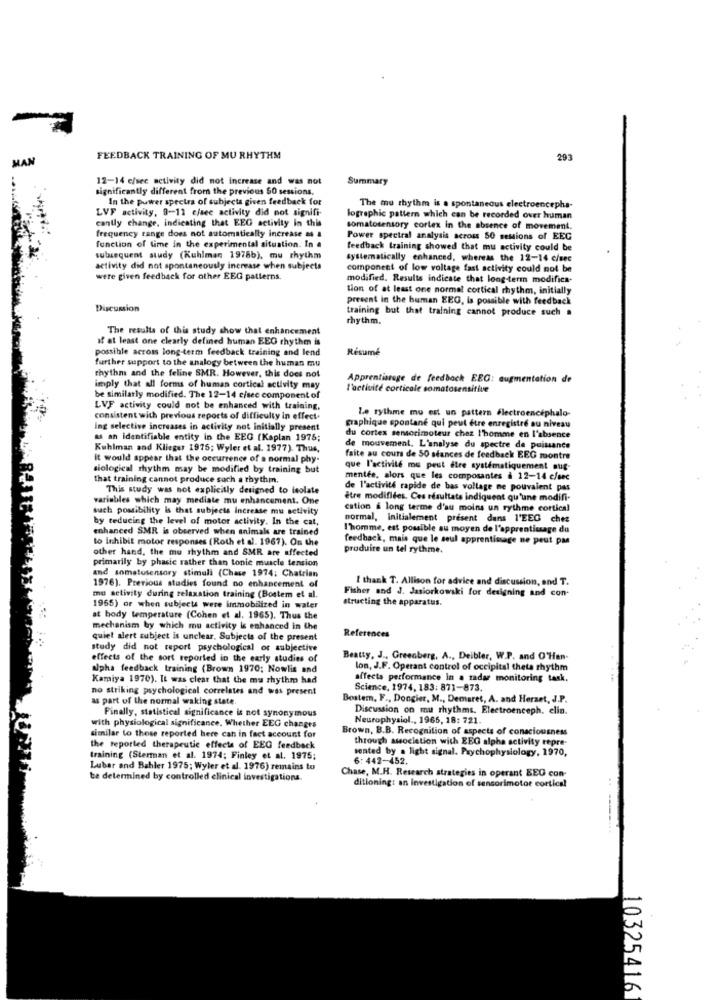
MAN
FEEDBACK TRAINING OF MU RHYTHM
293
12-14 c/sec activity did not increase and was not
Summary
significantly different from the previous 50 sessions.
In the power spectra of subjecta given feedback for
LVF activity, 9-11 ejsee activity did not signifi-
The mu rhythm is a spontaneous electroencephs-
cantly change, indicating that EEG activity in this
lographic pattern which can be recorded over human
frequency range does not automatically increase m &
somatosensory cortex in the absence of movement.
Power spectral analysis across 50 sessions of EEG
function of lime in the experimental situation. In
feedback training showed that mu activity could be
subsequent study (Kuhlman 1978b), mu rhythm
systematically enhanced, whereas the 12-14 c/sec
activity did not spontaneously increase when subjects
component of low voltage fast activity could not be
were given feedback for other EEG patterns.
modified. Results indicate that long-term modifica-
tion of at least one normal cortical rhythm, initially
present in the human EEG, Is possible with feedback
Discussion
training but that training cannot produce such .
rhythm.
The results of this study show that enhancement
if at least one clearly defined human EEG rhythm is
possible across long-term feedback training and lend
Résumé
further support to the analogy between the human mu
rhythm and the feline SMR. However, this does not
Apprentissage de feedback EEG: augmentation de
imply that all forms of human cortical activity may
l'activité corticale somatosensitive
be similarly modified. The 12-14 c/sec component of
LVF activity could not be enhanced with training.
Le rythme mu est un pattern électroencéphalo-
consistent with previous reports of difficulty in effect.
Ing selective increases in activity not initially present
du cortex sensorimoteur chez l'homme en l'absence
graphique spontane qui peut etre enregistre au niveau
as an identifiable entity in the EEG (Kaplan 1975;
Kuhlman and Klieger 1975; Wyler et al. 1977). Thus,
de mouvement. L'analyse du spectre de puissance
it would appear that the occurrence of a normal phy-
faite au cours de 50 stances de feedback EEG montre
siological rhythm may be modified by training but
que l'activité mu peut être systématiquement aug-
that training cannot produce such a rhythm.
mentée, alors que les composantes à 12-14 c/sec
This study was not explicitly designed to isolate
de l'activité rapide de bas voltage ne pouvaient pas
variables which may mediate mu enhancement. One
être modifiées. Ces résultats indiquent qu'une modifi-
such possibility is that subjects Increase mu setivity
cation a long terme d'au moins un rythme cortical
by reducing the level of motor activity. In the cat,
normal, initialement present dans l'EEG chez
enhanced SMR is observed when animals are trained
l'homme, est possible au moyen de l'apprentissage du
to inhibit motor responses (Roth et al. 1967). On the
feedback, mais que le seul apprentissage ne peut pas
other hand, the mu rhythm and SMR are affected
produire un tel rythme.
primarily by phasic rather than tonic muscle tension
and somatosensory stimuli (Chase 1974; Chatrien
I thank T. Allison for advice and discussion, and T.
1976). Previous studies found no enhancement of
Fisher and J. Jasiorkowski for designing and con-
mu selivity during relaxation training (Bostem et al.
structing the apparatus.
1965) or when subjects were immobilized in water
at body temperature (Cohen et al. 1965). Thus the
mechanism by which mu activity is enhanced in the
References
quiet alert subject is unclear, Subjects of the present
study did not report psychological or subjective
effects of the sort reported in the early studies of
Beatty, J ., Greenberg, A ., Deibler, W.P. and O'Han-
alpha feedback training (Brown 1970; Nowlis and
lon, J.F. Operant control of occipital theta rhythm
Kamiya 1970). It was clear that the mu rhythm had
affects performance In a radar monitoring task.
no striking psychological correlates and was present
Science, 1974, 183: 871-873.
as part of the normal waking state.
Bestem, F ., Dongier, M ., Demaret, A. and Herzet, J.P.
Finally, statistical significance is not synonymous
Discussion on mu rhythms. Electroenceph. elin.
Neurophysiol ., 1965, 18: 721.
with physiological significance. Whether EEG changes
Brown, B.B. Recognition of aspects of consciousness
similar to those reported here can in fact account for
through association with EEG alpha sctivity tepre-
the reported therapeutic effects of EEG feedback
sented by a light signal. Psychophysiology, 1970,
training (Sterman et al. 1974; Finley et al. 1975;
6: 442-452.
Lubar and Bahler 1975; Wyler et al. 1976) remains to
Chase, M.H. Research strategies in operant BEG con-
te determined by controlled clinical investigations.
ditioning: an investigation of sensorimotor cortical
10325416